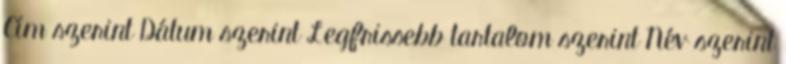
Cím szerint Dátum szerint Legfrissebb tartalom szerint Név szerint